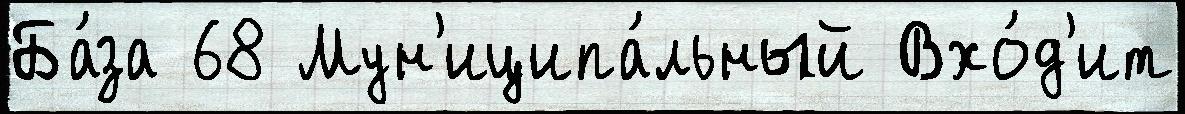
Ба́за 68 Мун'иципа́льный Вхо́д'ит